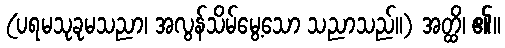
(ပရမသုခုမသညာ၊ အလွန်သိမ်မွေ့သော သညာသည်။) အတ္ထိ၊ ၏။